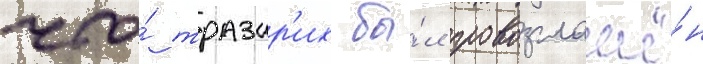
что́ тразар'их бы́л провозглашё́н